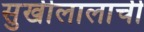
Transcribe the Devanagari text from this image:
सुखीलालाची